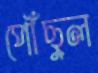
পৌঁছুল